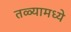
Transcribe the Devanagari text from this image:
तळ्यामध्ये